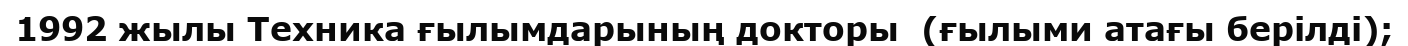
1992 жылы Техника ғылымдарының докторы  (ғылыми атағы берілді);